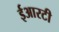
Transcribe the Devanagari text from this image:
ईआरटी